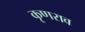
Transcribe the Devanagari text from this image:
कृणराव